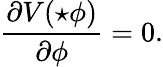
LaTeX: \frac{\partial V(\star\phi)}{\partial\phi}=0.